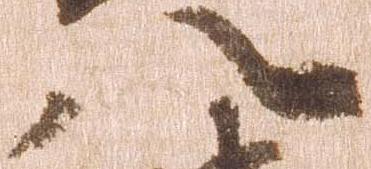
八